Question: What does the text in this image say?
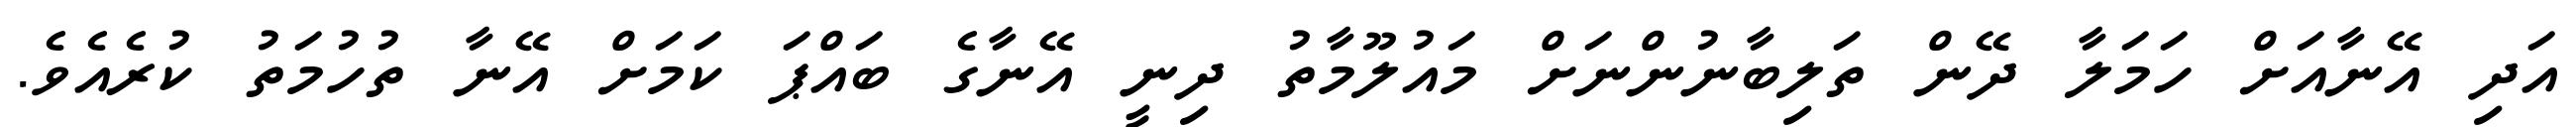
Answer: އަދި އޭނާއަށް ހަމަލާ ދޭން ތަލިބާނުންނަށް މައުލޫމާތު ދިނީ އޭނާގެ ބައްޕަ ކަމަށް އޭނާ ތުހުމަތު ކުރެއެވެ.